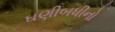
ઘણીબધીનો